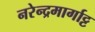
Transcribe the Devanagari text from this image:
नरेन्द्रमार्गाट्ट